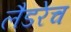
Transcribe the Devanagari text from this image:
लैडरेच